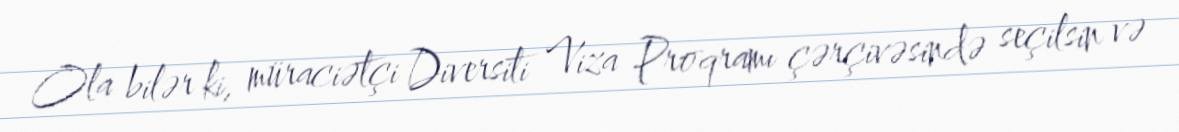
Ola bilər ki, müraciətçi Diversiti Viza Proqramı çərçivəsində seçilsin və